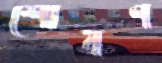
শোষণ